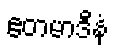
ဧတမာဒီနံ